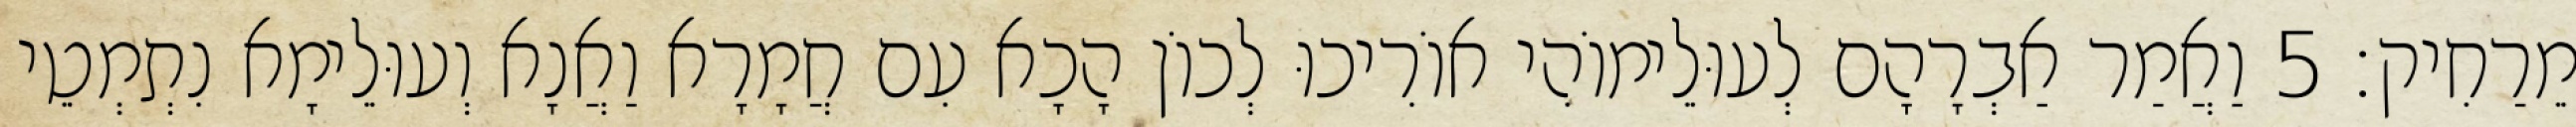
מֵרַחִיק׃ 5 וַאֲמַר אַבְרָהָם לְעוּלֵימוֹהִי אוֹרִיכוּ לְכוֹן הָכָא עִם חֲמָרָא וַאֲנָא וְעוּלֵימָא נִתְמְטֵי